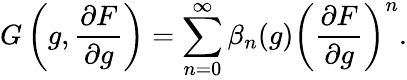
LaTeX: G\left(g,{\frac{\partial F}{\partial g}}\right)=\sum_{n=0}^{\infty}\beta_{n}(g)\left({\frac{\partial F}{\partial g}}\right)^{n}.